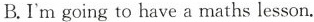
B.I'm going to have a maths lesson.